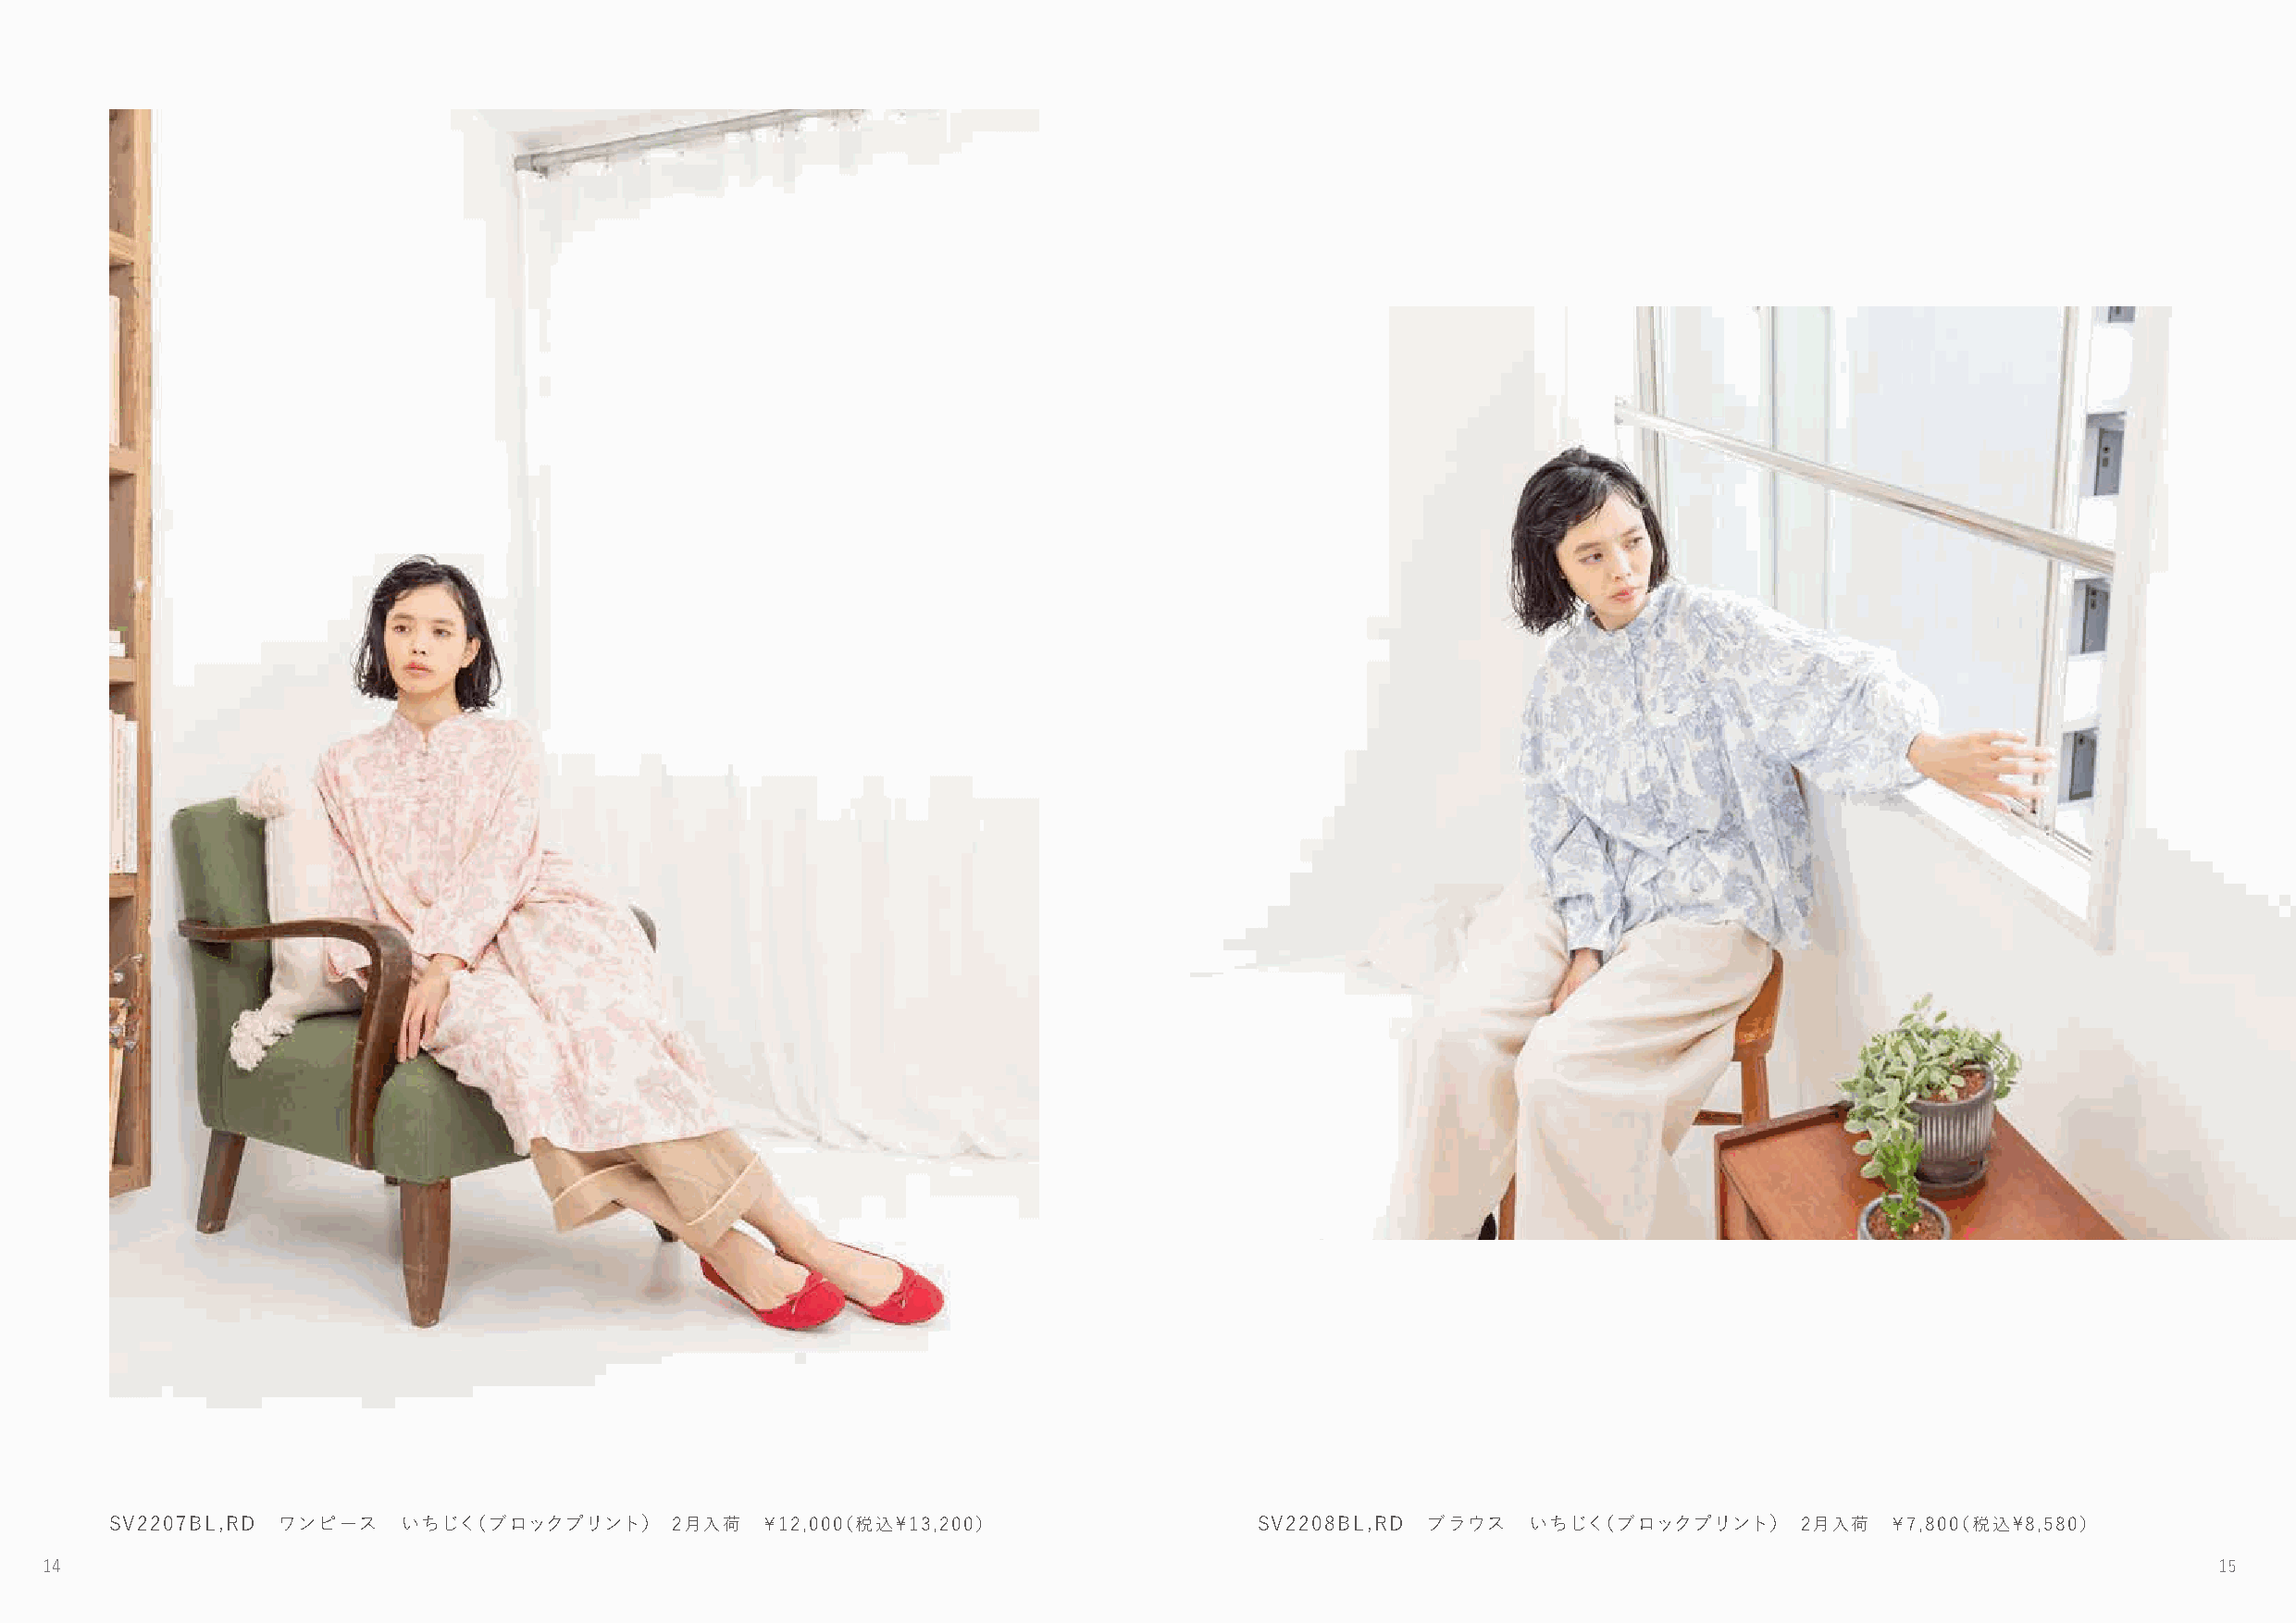
SV2207BL,RD ワンピース    いちじく（ブロックプリント）     2月入荷  ￥12,000（税込\13,200）                  SV2208BL,RD ブラウス   いちじく（ブロックプリント）      2月入荷  ￥7,800（税込\8,580）
 14                                                                                                                                                          15